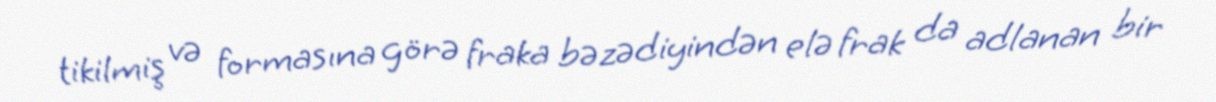
tikilmiş və formasına görə fraka bəzədiyindən elə frak da adlanan bir